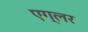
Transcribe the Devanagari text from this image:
एग्लर